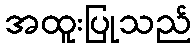
အထူးပြုသည်